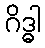
ဂိဒ္ဓါ